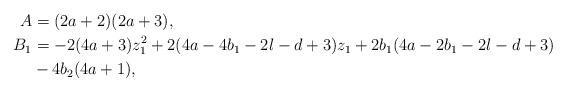
LaTeX: \begin{align*} A &= (2a+2)(2a+3), \\ B_1 &= - 2(4a+3)z_1^2 + 2(4a-4b_1-2l-d+3)z_1 + 2b_1(4a-2b_1-2l-d+3) \\ & {} - 4b_2(4a+1),\end{align*}